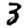
Digit: 3